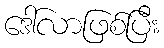
ဒေါ်လာဖြစ်ပြီး